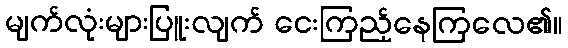
မျက်လုံးများပြူးလျက် ငေးကြည့်နေကြလေ၏။